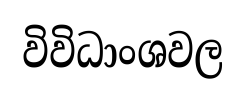
විවිධාංශවල